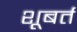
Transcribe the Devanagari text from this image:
शूबर्त